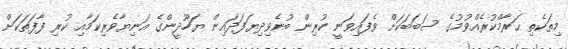
މިތަކެތި ޙަރާމްކުރެއްވުމުގެ ސަބަބަކަށް ވެފައިވަނީ ކުރިން ބުނެވިދިޔަފަދައިން ޔަހޫދީންގެ އަނިޔާވެރިކަމާއި ކުރި ފާފަތަކަށް